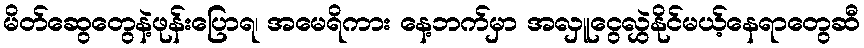
မိတ်ဆွေတွေနဲ့ဖုန်းပြောရ၊ အမေရိကား နေ့ဘက်မှာ အလှူငွေလွှဲနိုင်မယ့်နေရာတွေဆီ